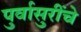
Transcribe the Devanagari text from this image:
पुर्वासुरींचे